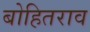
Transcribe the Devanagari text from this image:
बोहितराव